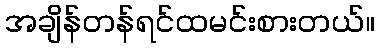
အချိန်တန်ရင်ထမင်းစားတယ်။